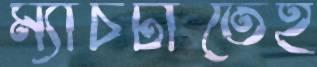
ম্যাচটাতেই